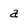
Character: a